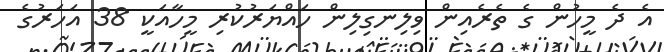
އެ ދެ މީހުން ގެ ތެރެއިން ވިލިނގިލިން ހައްޔަރުކުރި މީހާއަކީ 38 އަހަރުގެ